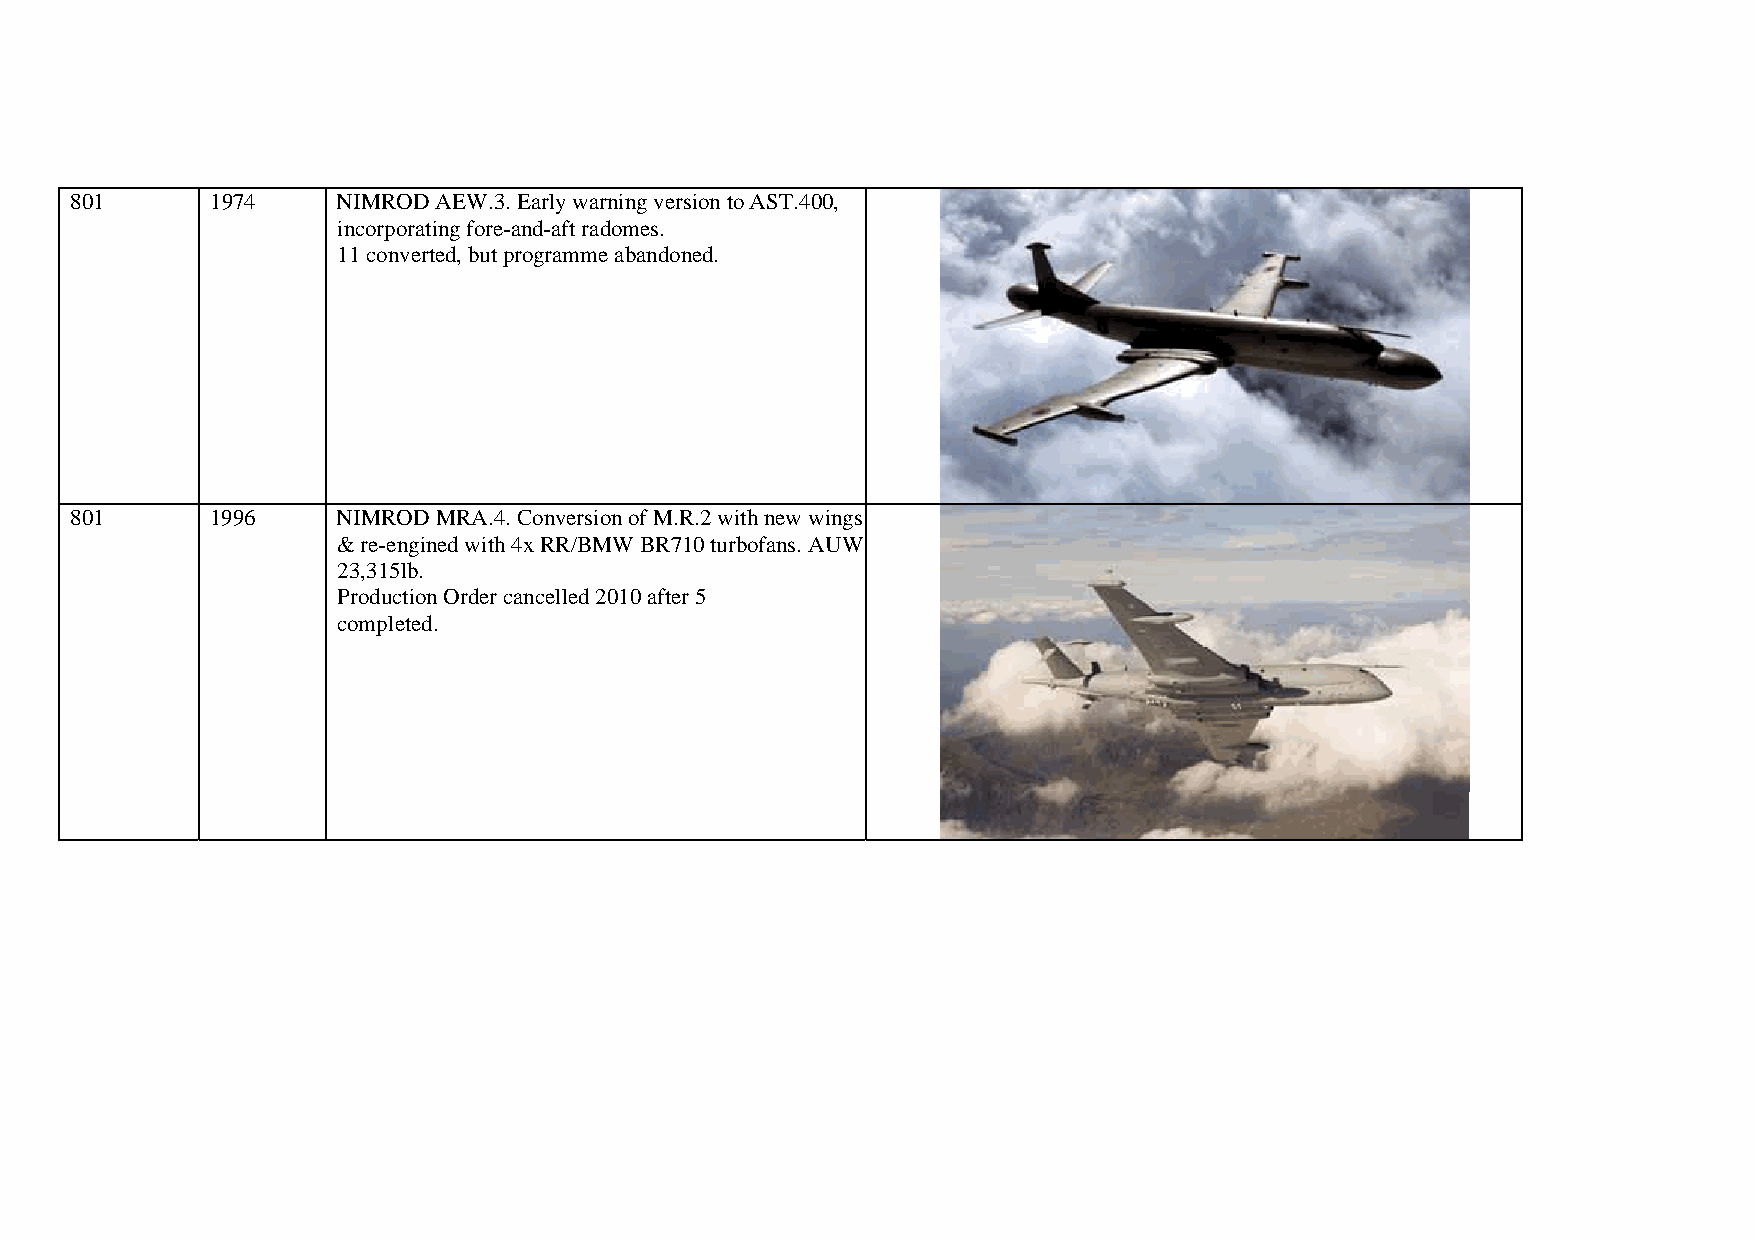
801      1974    NIMROD AEW.3. Early warning version to AST.400,
 incorporating fore-and-aft radomes.
 11 converted, but programme abandoned.
 801      1996    NIMROD MRA.4. Conversion of M.R.2 with new wings
 & re-engined with 4x RR/BMW BR710 turbofans. AUW
 23,315lb.
 Production Order cancelled 2010 after 5
 completed.